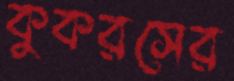
কুকরসের